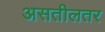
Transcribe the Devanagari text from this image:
असतीलतर